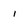
Character: 1